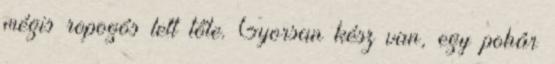
mégis ropogós lett tőle. Gyorsan kész van, egy pohár